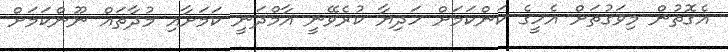
އެގޮތުން މިވަގުތަށް އެހީގެ ކަންކަމަށް ހަދިޔާ ކުރެވޭނީ އާމްދަނީ ކަމަށާއި މުދާތައް ނޫންކަމަށް